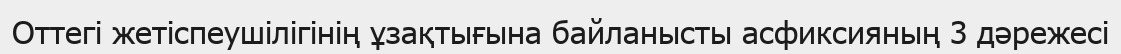
Оттегі жетіспеушілігінің ұзақтығына байланысты асфиксияның 3 дәрежесі